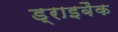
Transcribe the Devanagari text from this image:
ड्राइबैक